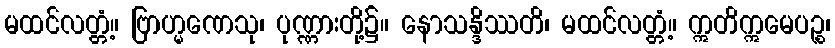
မထင်လတ္တံ့။ ဗြာဟ္မဏေသု၊ ပုဏ္ဏားတို့၌။ နောသန္ဒိဿတိ၊ မထင်လတ္တံ့။ ဣတိဣမေပဉ္စ၊